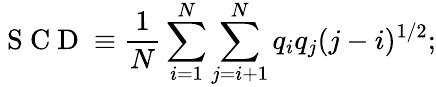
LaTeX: \mathrm{~S~C~D~}\equiv\frac{1}{N}\sum_{i=1}^{N}\sum_{j=i+1}^{N}q_{i}q_{j}(j-i)^{1/2};